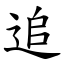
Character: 追